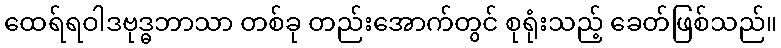
ထေရ်ရဝါဒဗုဒ္ဓဘာသာ တစ်ခု တည်းအောက်တွင် စုရုံးသည့် ခေတ်ဖြစ်သည်။